Indian journal of veterinary science and animal husbandry - Volume 2,
Year: 1932
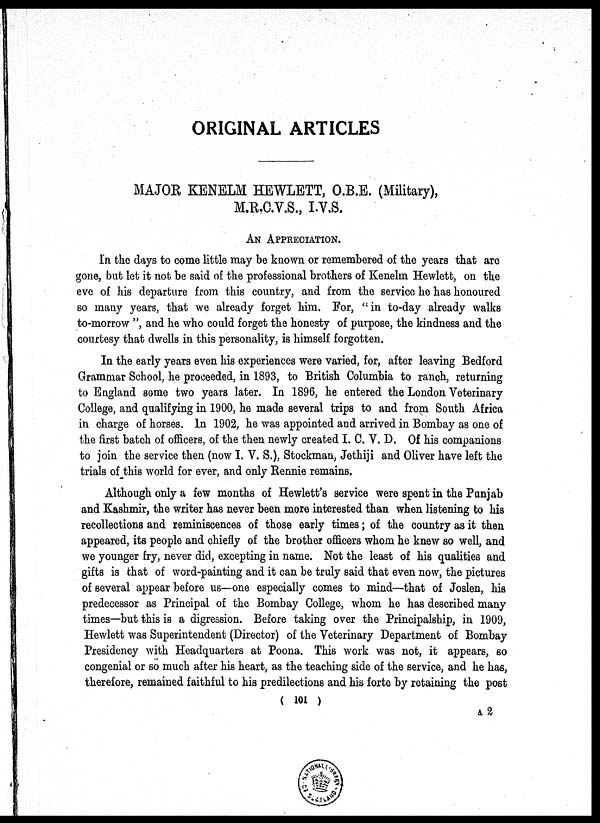
ORIGINAL ARTICLES
MAJOR KENELM HEWLETT, O.B.E. (Military),
M.R.C.V.S., I.V.S.
AN APPRECIATION.
In the days to come little may be known or remembered of the years that are
gone, but let it not be said of the professional brothers of Kenelm Hewlett, on the
eve of his departure from this country, and from the service he has honoured
so many years, that we already forget him. For, "in to-day already walks
to-morrow ", and he who could forget the honesty of purpose, the kindness and the
courtesy that dwells in this personality, is himself forgotten.
In the early years even his experiences were varied, for, after leaving Bedford
Grammar School, he proceeded, in 1893, to British Columbia to ranch, returning
to England some two years later. In 1896, he entered the London Veterinary
College, and qualifying in 1900, he made several trips to and from South Africa
in charge of horses. In 1902, he was appointed and arrived in Bombay as one of
the first batch of officers, of the then newly created I. C. V. D. Of his companions
to join the service then (now I. V. S.), Stockman, Jethiji and Oliver have left the
trials of this world for ever, and only Rennie remains.
Although only a few months of Hewlett's service were spent in the Punjab
and Kashmir, the writer has never been more interested than when listening to his
recollections and reminiscences of those early times; of the country as it then
appeared, its people and chiefly of the brother officers whom he knew so well, and
we younger fry, never did, excepting in name. Not the least of his qualities and
gifts is that of word-painting and it can be truly said that even now, the pictures
of several appear before us—one especially comes to mind—that of Joslen, his
predecessor as Principal of the Bombay College, whom he has described many
times—but this is a digression. Before taking over the Principalship, in 1909,
Hewlett was Superintendent (Director) of the Veterinary Department of Bombay
Presidency with Headquarters at Poona. This work was not, it appears, so
congenial or so much after his heart, as the teaching side of the service, and he has,
therefore, remained faithful to his predilections and his forte by retaining the post
( 101 )
A 2